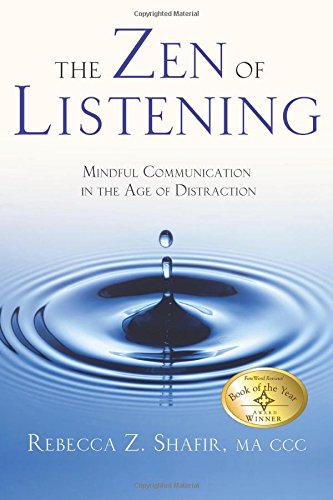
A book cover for The Zen of Listening: Mindful Communication in the Age of Distraction; Rebecca Z Shafir MA CCC; Self-Help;